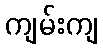
ကျမ်းကျ